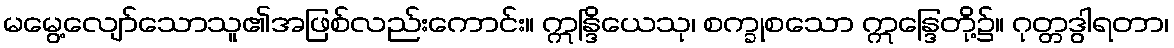
မမွေ့လျော်သောသူ၏အဖြစ်လည်းကောင်း။ ဣန္ဒြိယေသု၊ စက္ခုစသော ဣန္ဒြေတို့၌။ ဂုတ္တဒွါရတာ၊